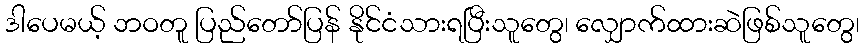
ဒါပေမယ့် ဘဝတူ ပြည်တော်ပြန် နိုင်ငံသားရပြီးသူတွေ၊ လျှောက်ထားဆဲဖြစ်သူတွေ၊